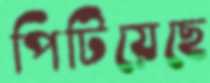
পিটিয়েছে